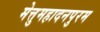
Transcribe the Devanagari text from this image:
मेत्तुमहादनपुरम